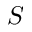
S